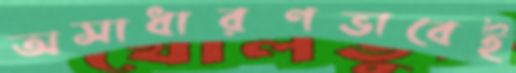
অসাধারণভাবেই